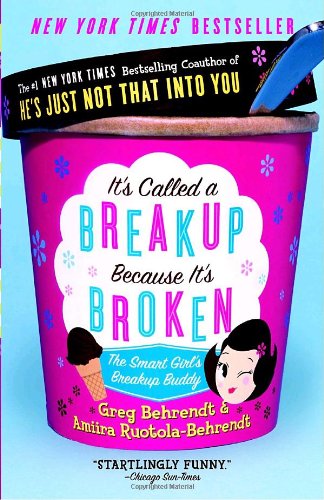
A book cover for It's Called a Breakup Because It's Broken: The Smart Girl's Break-Up Buddy; Greg Behrendt; Parenting & Relationships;